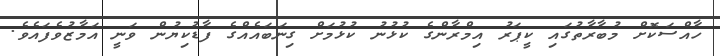
ހާއްސަކޮށް މުބާރާތުގައި ކީޕަރު އިމްރާންގެ ކުޅުނު ކުޅުމަށް ގިނަބައެއްގެ ފާޑުކިޔުން ވަނީ އަމާޒުވެފައެވެ.